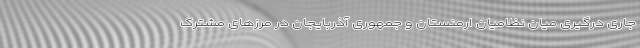
جاری درگیری میان نظامیان ارمنستان و جمهوری آذربایجان در مرزهای مشترک